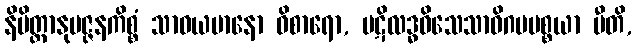
နိမိတ္တာနုမဇ္ဇနကိစ္စံ သာဓယမာနော ဝိစာရော, ပဋိလဒ္ဓဝိသေသာဓိဂမပစ္စယာ ပီတိ,